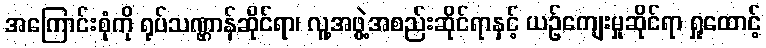
အကြောင်းစုံကို ရုပ်သဏ္ဌာန်ဆိုင်ရာ၊ လူ့အဖွဲ့အစည်းဆိုင်ရာနှင့် ယဉ်ကျေးမှုဆိုင်ရာ ရှုထောင့်